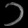
Digit: ၁